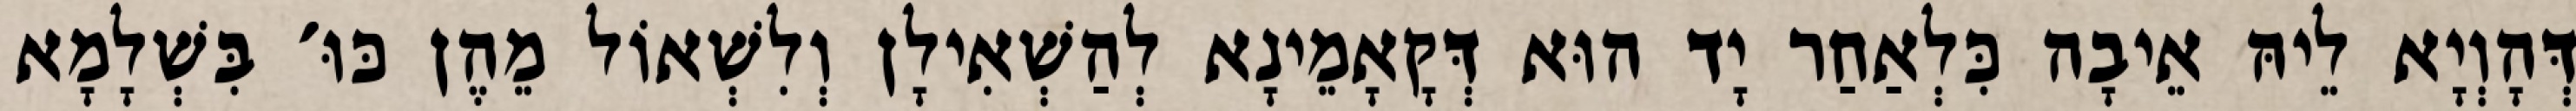
דְּהָוְיָא לֵיהּ אֵיבָה כִּלְאַחַר יָד הוּא דְּקָאָמֵינָא לְהַשְׁאִילָן וְלִשְׁאוֹל מֵהֶן כּוּ׳ בִּשְׁלָמָא